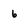
Character: 6